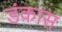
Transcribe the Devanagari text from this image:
डंकास